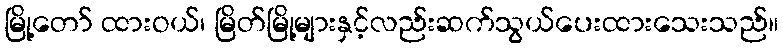
မြို့တော် ထားဝယ်၊ မြိတ်မြို့များနှင့်လည်းဆက်သွယ်ပေးထားသေးသည်။